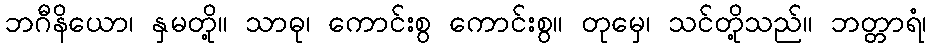
ဘဂီနိယော၊ နှမတို့။ သာဓု၊ ကောင်းစွ ကောင်းစွ။ တုမှေ၊ သင်တို့သည်။ ဘတ္တာရံ၊